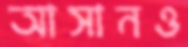
আসানও